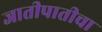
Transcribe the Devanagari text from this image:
जातीपातीचा